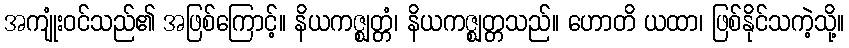
အကျုံးဝင်သည်၏ အဖြစ်ကြောင့်။ နိယကဇ္ဈတ္တံ၊ နိယကဇ္ဈတ္တသည်။ ဟောတိ ယထာ၊ ဖြစ်နိုင်သကဲ့သို့။